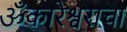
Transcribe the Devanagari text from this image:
ॐकारेश्वराचा